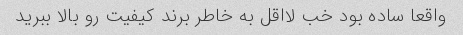
واقعا ساده بود خب لااقل به خاطر برند کیفیت رو بالا ببرید